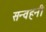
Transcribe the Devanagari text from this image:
सन्वहनी